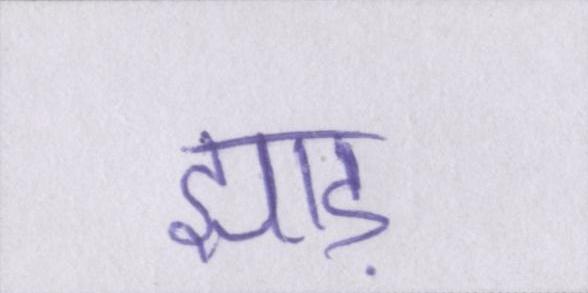
झाड़